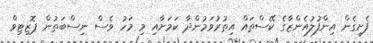
ފެށިގެން އިންފުލުއެންޒާގެ ކޭސްތައް އިތުރުވަމުންދާ ކަމަށާއި މި މަހު ވެސް ނިސްބަތުން ޕޮޒިޓިވް